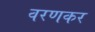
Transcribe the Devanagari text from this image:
वरणकर